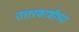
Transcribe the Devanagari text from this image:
उत्तरकाशीच्या